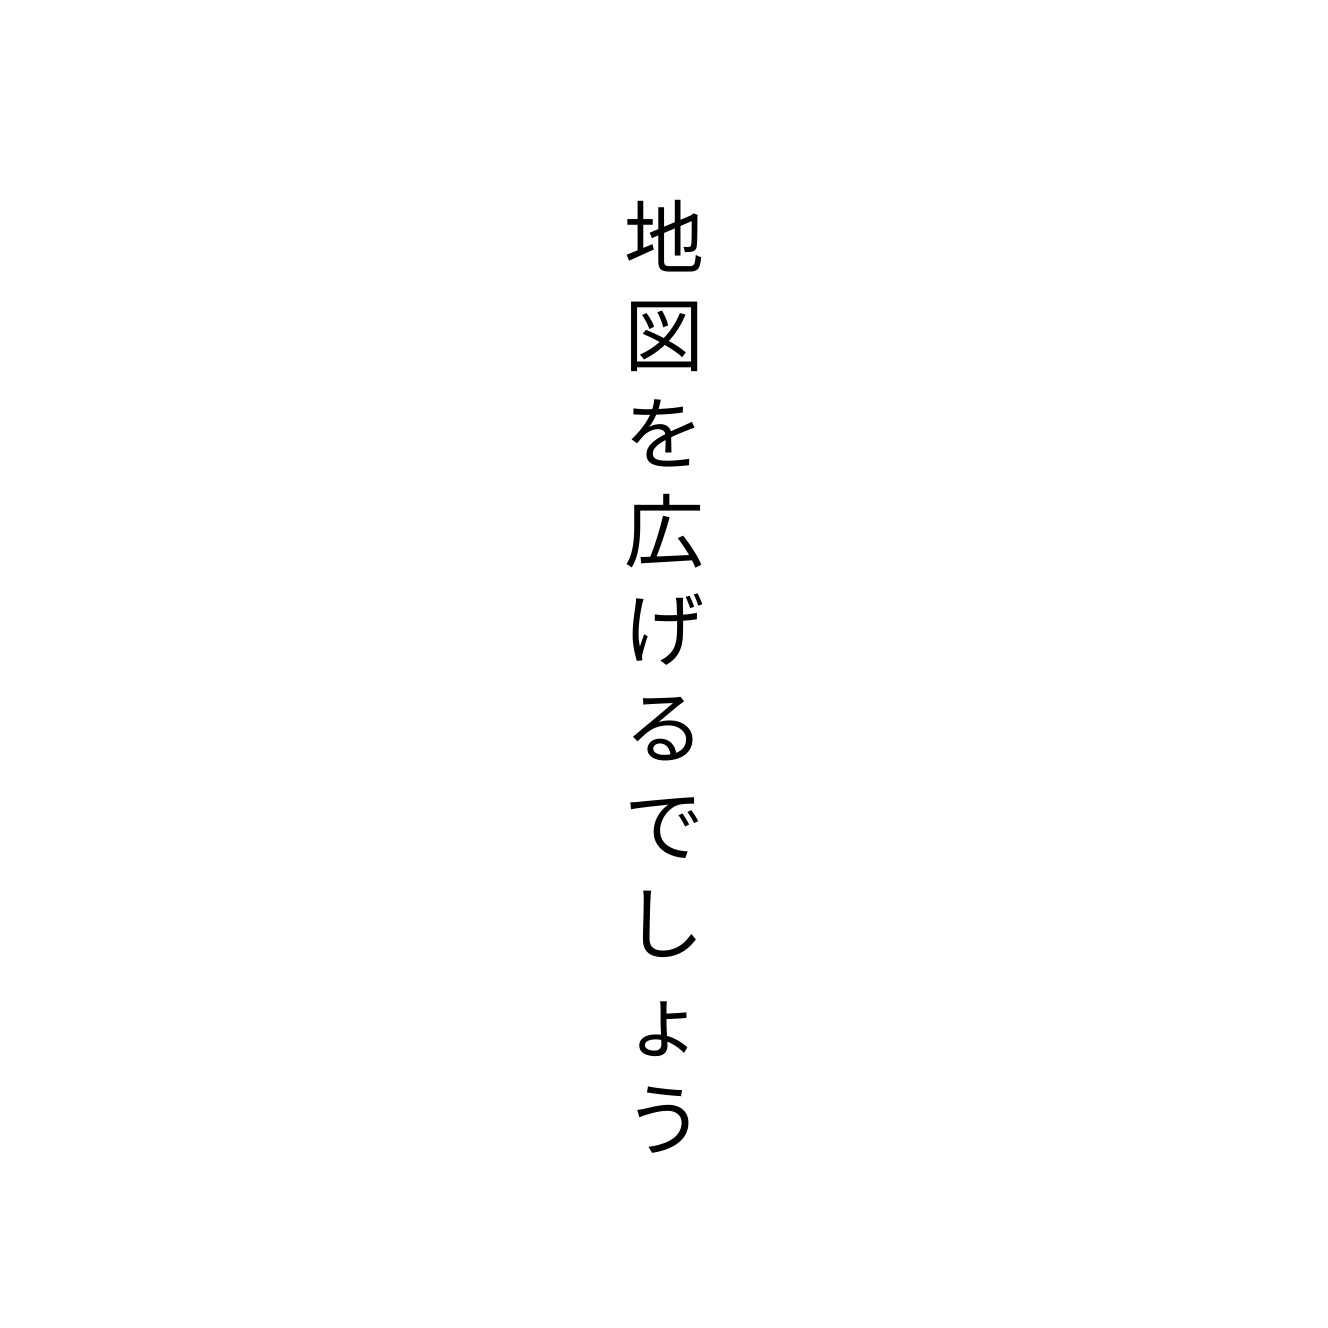
地図を広げるでしょう